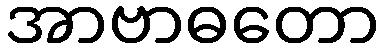
အာဗာဓတော